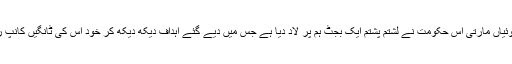
ٹامک ٹوئیاں مارتی اس حکومت نے لشتم پشتم ایک بجٹ ہم پر لاد دیا ہے جس میں دیے گئے اہداف دیکھ دیکھ کر خود اس کی ٹانگیں کانپ رہی ہیں۔